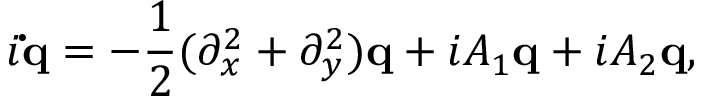
i { \bf \dot { q } } = - \frac { 1 } { 2 } ( \partial _ { x } ^ { 2 } + \partial _ { y } ^ { 2 } ) { \bf q } + i A _ { 1 } { \bf q } + i A _ { 2 } { \bf q } ,